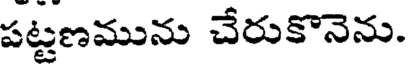
పట్టణమును చేరుకొనెను.